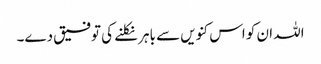
اللہ ان کو اس کنویں سے باہر نکلنے کی توفیق دے۔